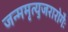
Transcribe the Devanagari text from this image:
जन्ममृत्युजरारोगैः